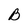
Character: B